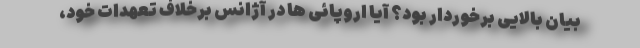
بیان بالایی برخوردار بود؟ آیا اروپائی ها در آژانس برخلاف تعهدات خود،